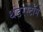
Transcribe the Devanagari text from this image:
थंडरस्टॉर्म